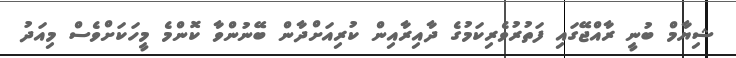
ޝިޔާމް ބުނީ ރާއްޖޭގައި ފަތުރުވެރިކަމުގެ ދާއިރާއިން ކުރިއަށްދާން ބޭނުންވާ ކޮންމެ މީހަކަށްވެސް މިއަދު